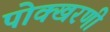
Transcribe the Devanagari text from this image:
पोक्खरणी